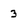
Character: 3